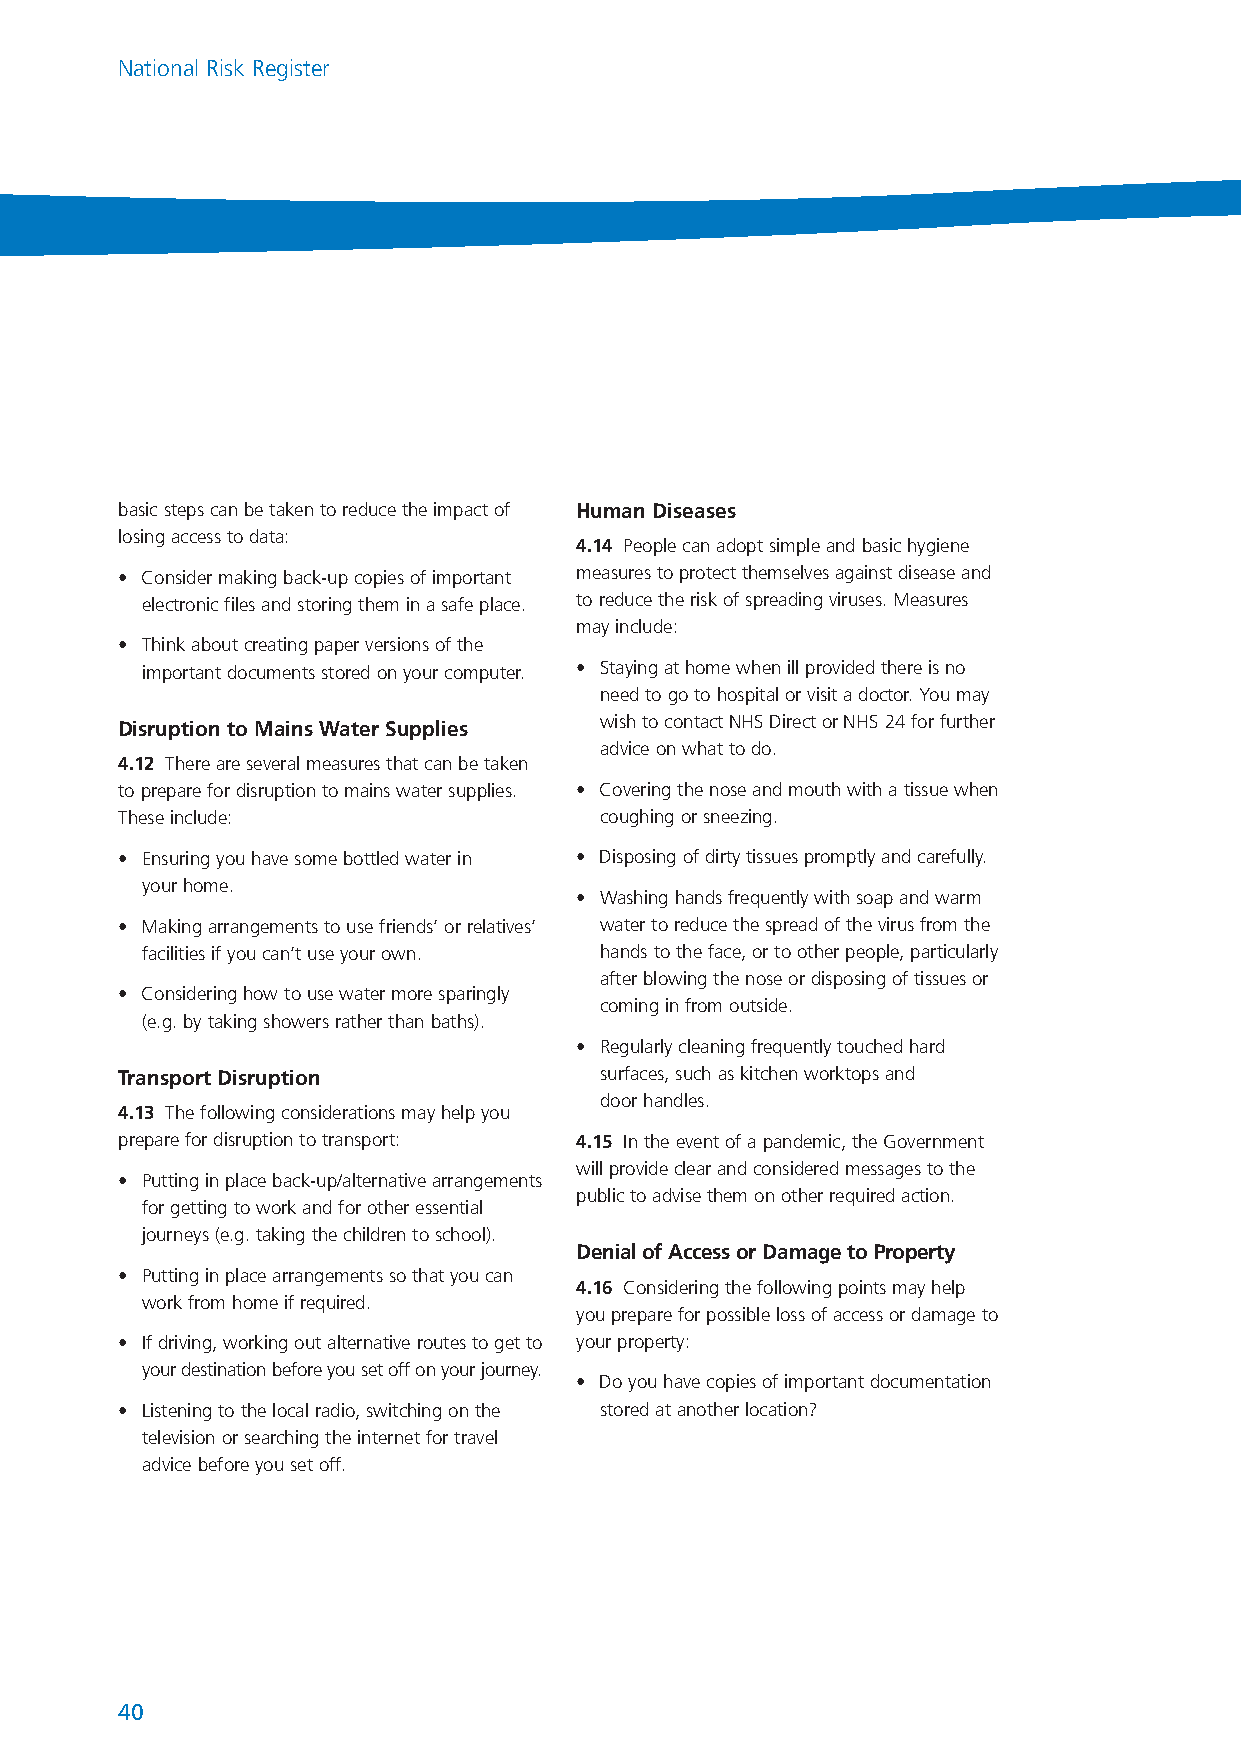
NationalRiskRegister_289116 17/7/08 2:22 pm Page 40
 National Risk Register
 basic steps can be taken to reduce the impact of Human Diseases
 losing access to data:
 4.14 People can adopt simple and basic hygiene
 • Consider making back-up copies of important measures to protect themselves against disease and
 electronic files and storing them in a safe place. to reduce the risk of spreading viruses. Measures
 may include:
 • Think about creating paper versions of the
 important documents stored on your computer. • Staying at home when ill provided there is no
 need to go to hospital or visit a doctor. You may
 Disruption to Mains Water Supplies wish to contact NHS Direct or NHS 24 for further
 advice on what to do.
 4.12 There are several measures that can be taken
 to prepare for disruption to mains water supplies. • Covering the nose and mouth with a tissue when
 These include:                  coughing or sneezing.
 • Ensuring you have some bottled water in • Disposing of dirty tissues promptly and carefully.
 your home.
 • Washing hands frequently with soap and warm
 • Making arrangements to use friends’ or relatives’ water to reduce the spread of the virus from the
 facilities if you can’t use your own. hands to the face, or to other people, particularly
 after blowing the nose or disposing of tissues or
 • Considering how to use water more sparingly
 coming in from outside.
 (e.g. by taking showers rather than baths).
 • Regularly cleaning frequently touched hard
 Transport Disruption            surfaces, such as kitchen worktops and
 door handles.
 4.13 The following considerations may help you
 prepare for disruption to transport: 4.15 In the event of a pandemic, the Government
 will provide clear and considered messages to the
 • Putting in place back-up/alternative arrangements
 public to advise them on other required action.
 for getting to work and for other essential
 journeys (e.g. taking the children to school).
 Denial of Access or Damage to Property
 • Putting in place arrangements so that you can
 4.16 Considering the following points may help
 work from home if required.
 you prepare for possible loss of access or damage to
 • If driving, working out alternative routes to get to your property:
 your destination before you set off on your journey.
 • Do you have copies of important documentation
 • Listening to the local radio, switching on the stored at another location?
 television or searching the internet for travel
 advice before you set off.
 40